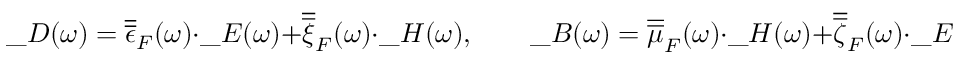
\_ D ( \omega ) = \overline { { \overline { { \epsilon } } } } _ { \/ F } ( \omega ) \cdot \_ E ( \omega ) + \overline { { \overline { { \xi } } } } _ { \/ F } ( \omega ) \cdot \_ H ( \omega ) , \qquad \_ B ( \omega ) = \overline { { \overline { { \mu } } } } _ { \/ F } ( \omega ) \cdot \_ H ( \omega ) + \overline { { \overline { { \zeta } } } } _ { \/ F } ( \omega ) \cdot \_ E ( \omega ) ,